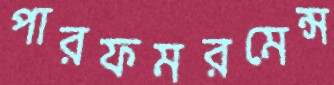
পারফমরমেন্স